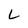
Character: L